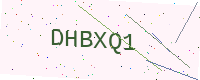
Text: DHBXQ1